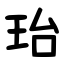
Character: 珆